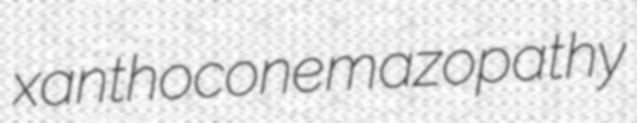
xanthocone mazopathy